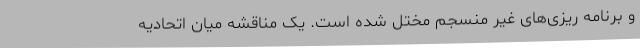
و برنامه ریزی‌های غیر منسجم مختل شده است. یک مناقشه میان اتحادیه